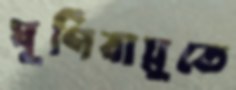
ঘূর্ণিবায়ুতে